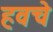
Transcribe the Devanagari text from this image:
हवचे